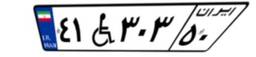
۰۶W۶۵۰۷۱